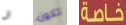
ان تكون خاصة